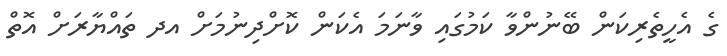
ގެ އެހީތެރިކަން ބޭނުންވާ ކަމުގައި ވާނަމަ އެކަން ކޮށްދިނުމަށް އދ ތައްޔާރަށް އޮތް